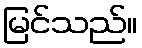
မြင်သည်။